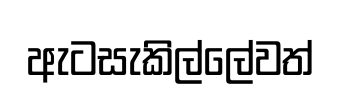
ඇටසැකිල්ලේවත්